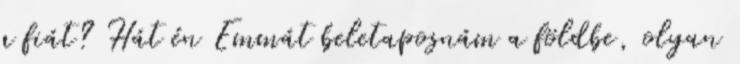
a fiát? Hát én Emmát beletaposnám a földbe, olyan